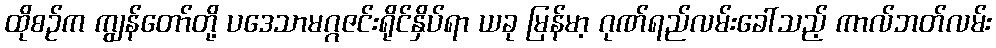
ထိုစဉ်က ကျွန်တော်တို့ ပဒေသာမဂ္ဂဇင်းရိုင်နှိပ်ရာ ယခု မြန်မာ့ ဂုဏ်ရည်လမ်းခေါ်သည့် ကာလ်ဘတ်လမ်း